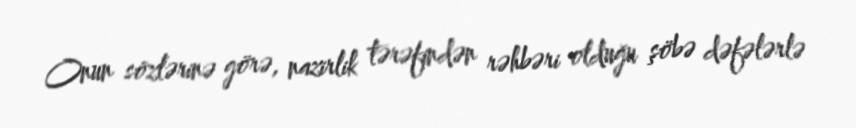
Onun sözlərinə görə, nazirlik tərəfindən rəhbəri olduğu şöbə dəfələrlə